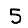
Digit: 5